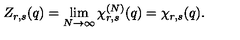
Z _ { r , s } ( q ) = \lim _ { N \to \infty } \chi _ { r , s } ^ { ( N ) } ( q ) = \chi _ { r , s } ( q ) .